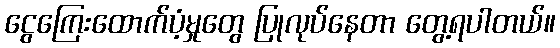
ငွေကြေးထောက်ပံ့မှုတွေ ပြုလုပ်နေတာ တွေ့ရပါတယ်။